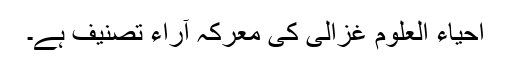
احیاء العلوم غزالی کی معرکہ آراء تصنیف ہے۔